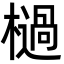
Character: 檛